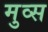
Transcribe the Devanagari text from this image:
मुव्स